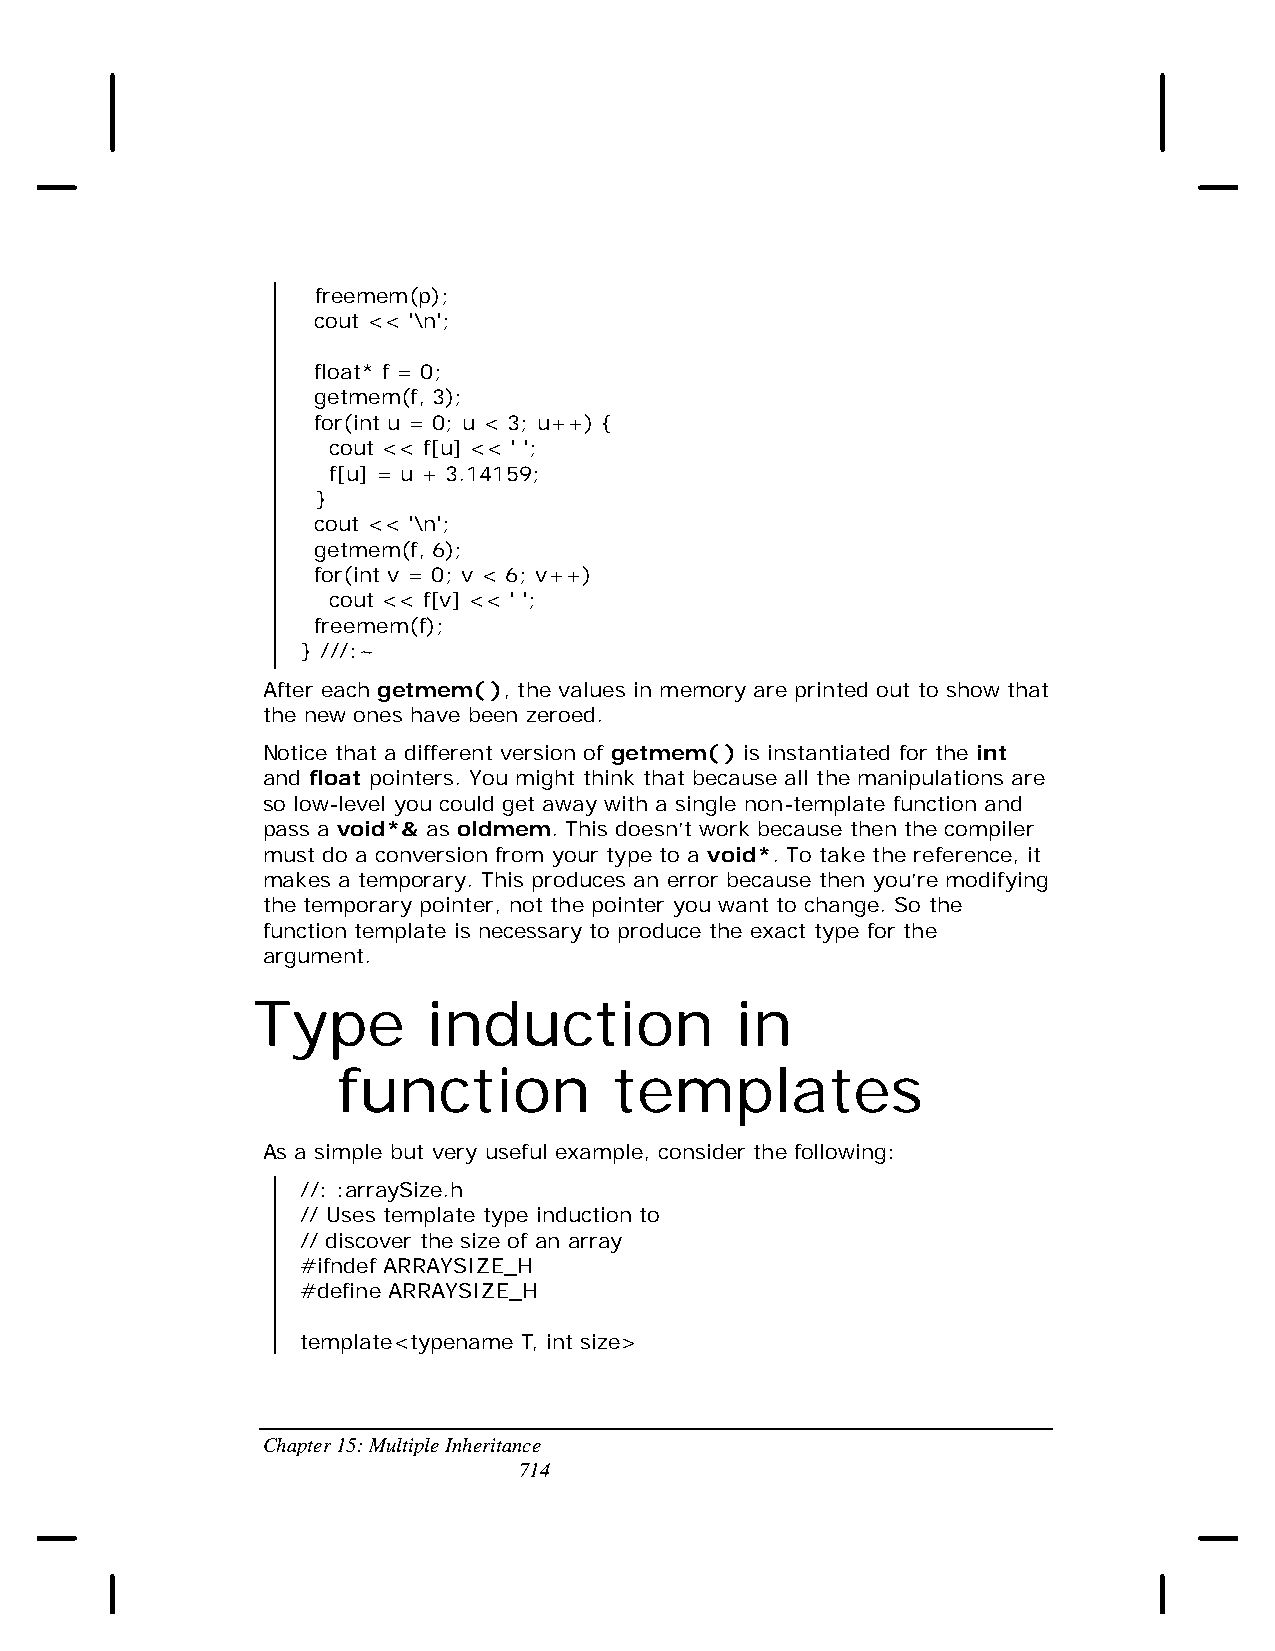
freemem(p);
 cout << '\n';
 float* f = 0;
 getmem(f, 3);
 for(int u = 0; u < 3; u++) {
 cout << f[u] << ' ';
 f[u] = u + 3.14159;
 }
 cout << '\n';
 getmem(f, 6);
 for(int v = 0; v < 6; v++)
 cout << f[v] << ' ';
 freemem(f);
 } ///:~
 After each getmem( ), the values in memory are printed out to show that
 the new ones have been zeroed.
 Notice that a different version of getmem( ) is instantiated for the int
 and float pointers. You might think that because all the manipulations are
 so low-level you could get away with a single non-template function and
 pass a void*& as oldmem. This doesn’t work because then the compiler
 must do a conversion from your type to a void*. To take the reference, it
 makes a temporary. This produces an error because then you’re modifying
 the temporary pointer, not the pointer you want to change. So the
 function template is necessary to produce the exact type for the
 argument.
 Type       induction            in
 function           templates
 As a simple but very useful example, consider the following:
 //: :arraySize.h
 // Uses template type induction to
 // discover the size of an array
 #ifndef ARRAYSIZE_H
 #define ARRAYSIZE_H
 template<typename T, int size>
 Chapter 15: Multiple Inheritance
 714